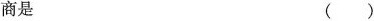
商是 ( )